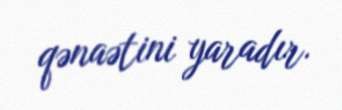
qənaətini yaradır.